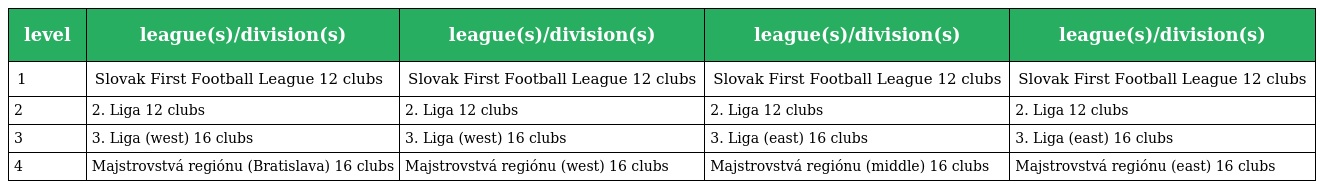
| level | league(s)/division(s) | league(s)/division(s) | league(s)/division(s) | league(s)/division(s) |
 | --- | --- | --- | --- | --- |
 | 1 | Slovak First Football League 12 clubs | Slovak First Football League 12 clubs | Slovak First Football League 12 clubs | Slovak First Football League 12 clubs |
 | 2 | 2. Liga 12 clubs | 2. Liga 12 clubs | 2. Liga 12 clubs | 2. Liga 12 clubs |
 | 3 | 3. Liga (west) 16 clubs | 3. Liga (west) 16 clubs | 3. Liga (east) 16 clubs | 3. Liga (east) 16 clubs |
 | 4 | Majstrovstvá regiónu (Bratislava) 16 clubs | Majstrovstvá regiónu (west) 16 clubs | Majstrovstvá regiónu (middle) 16 clubs | Majstrovstvá regiónu (east) 16 clubs |